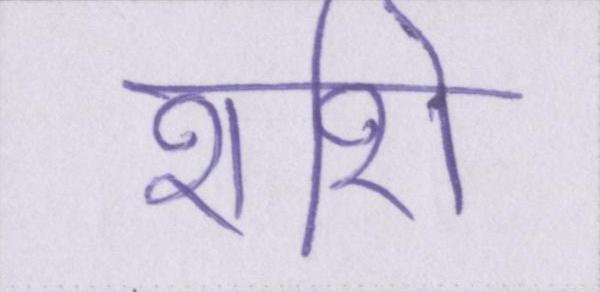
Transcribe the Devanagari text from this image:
शशि